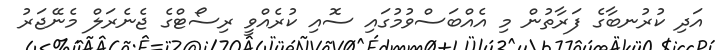
އަދި ކުރުނބާގެ ފަރާތުން މި އެއްބަސްވުމުގައި ސޮއި ކުރެއްވީ ރިސޯޓްގެ ޖެނެރަލް މެނޭޖަރު